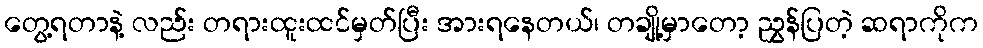
တွေ့ရတာနဲ့ လည်း တရားထူးထင်မှတ်ပြီး အားရနေတယ်၊ တချို့မှာတော့ ညွှန်ပြတဲ့ ဆရာကိုက